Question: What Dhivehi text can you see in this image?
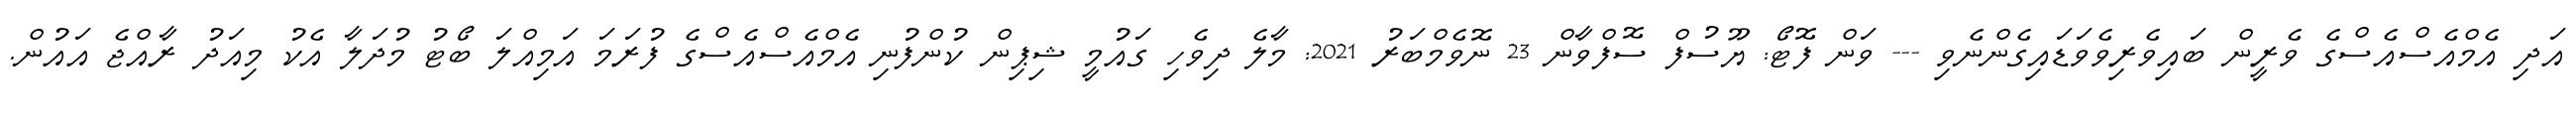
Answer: އަދި އެމްއެސްއެސްގެ ވެރީން ބައިވެރިވެވަޑައިގެންނެވި --- ވަން ފޮޓޯ: ޔޫސުފް ސޮފްވާން 23 ނޮވެމްބަރު 2021: މާލެ ދިވެހި ގައުމީ ޝިޕިން ކުންފުނި އެމްއެސްއެސްގެ ފުރަމަ އަމިއްލަ ބޯޓު މުދަލާ އެކު މިއަދު ރާއްޖެ އައުން.